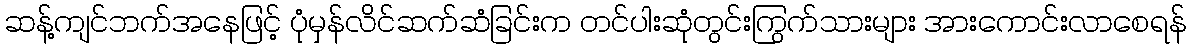
ဆန့်ကျင်ဘက်အနေဖြင့် ပုံမှန်လိင်ဆက်ဆံခြင်းက တင်ပါးဆုံတွင်းကြွက်သားများ အားကောင်းလာစေရန်